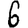
Digit: 6